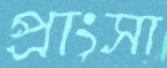
প্রাংসা